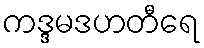
ကဒ္ဒမဒဟတီရေ